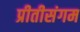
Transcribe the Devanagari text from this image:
प्रीतीसंगम